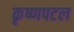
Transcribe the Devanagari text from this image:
कृष्णपटल